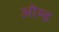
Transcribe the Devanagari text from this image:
ओम्ड